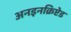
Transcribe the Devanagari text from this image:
अनइनक्रिप्टेड